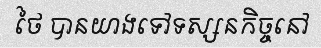
ថៃ បានយាងទៅទស្សនកិច្ចនៅ